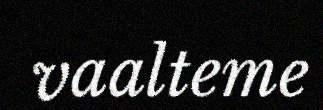
vaalteme